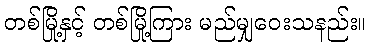
တစ်မြို့နှင့် တစ်မြို့ကြား မည်မျှဝေးသနည်း။